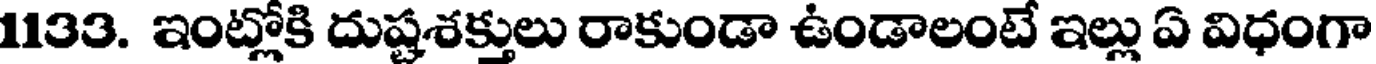
1133. ఇంట్లోకి దుష్టశక్తులు రాకుండా ఉండాలంటే ఇల్లు ఏ విధంగా